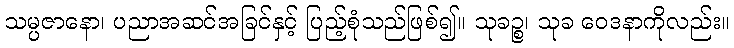
သမ္ပဇာနော၊ ပညာအဆင်အခြင်နှင့် ပြည့်စုံသည်ဖြစ်၍။ သုခဉ္စ၊ သုခ ဝေဒနာကိုလည်း။